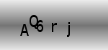
Text: AQ6rj